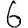
Digit: 6